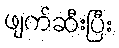
ဖျက်ဆီးပြီး